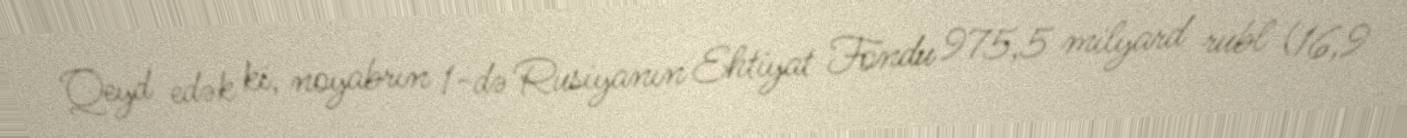
Qeyd edək ki, noyabrın 1-də Rusiyanın Ehtiyat Fondu 975,5 milyard rubl (16,9